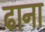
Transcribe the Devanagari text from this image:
ढाना